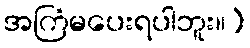
အကြံမပေးရပါဘူး။)